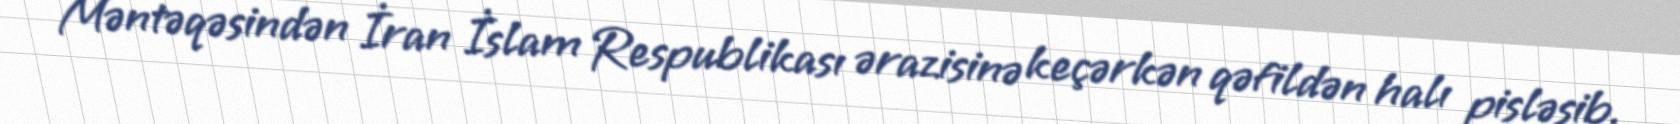
Məntəqəsindən İran İslam Respublikası ərazisinə keçərkən qəfildən halı pisləşib.